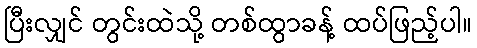
ပြီးလျှင် တွင်းထဲသို့ တစ်ထွာခန့် ထပ်ဖြည့်ပါ။